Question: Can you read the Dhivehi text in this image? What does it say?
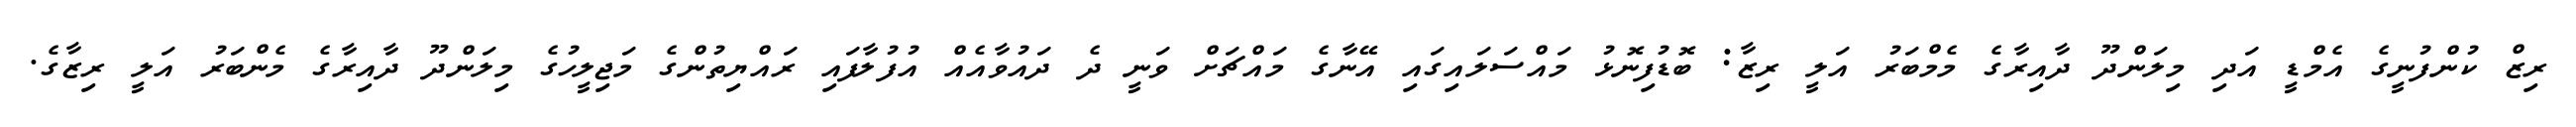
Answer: ރިޒް ކުންފުނީގެ އެމްޑީ އަދި މިލަންދޫ ދާއިރާގެ މެމްބަރު އަލީ ރިޒާ: ބޮޑުފިނޮޅު މައްސަލައިގައި އޭނާގެ މައްޗަށް ވަނީ ދެ ދައުވާއެއް އުފުލާފައި ރައްޔިތުންގެ މަޖިލީހުގެ މިލަންދޫ ދާއިރާގެ މެންބަރު އަލީ ރިޒާގެ.